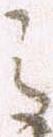
之